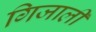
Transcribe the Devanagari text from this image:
गिजाली